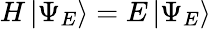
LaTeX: H\left|\Psi_{E}\right\rangle=E\left|\Psi_{E}\right\rangle